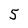
Character: 5